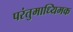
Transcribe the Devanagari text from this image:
परंतुमाध्यिमक